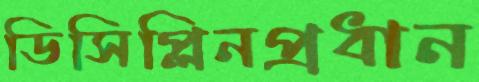
ডিসিপ্লিনপ্রধান